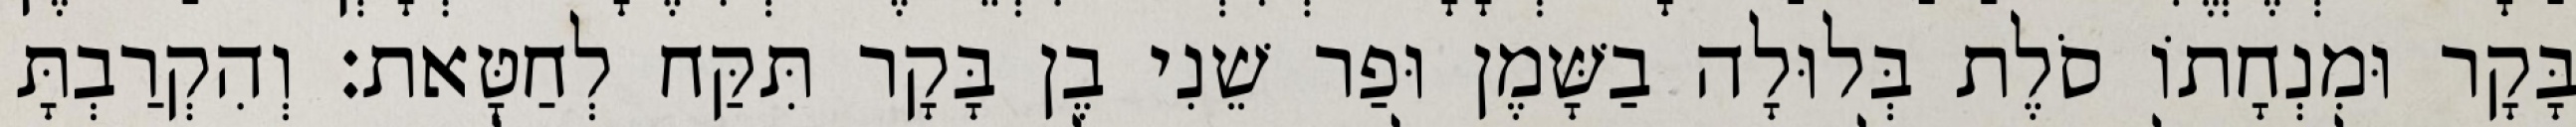
בָּקָר וּמִנְחָתוֹ סֹלֶת בְּלוּלָה בַשָּׁמֶן וּפַר שֵׁנִי בֶן בָּקָר תִּקַּח לְחַטָּאת׃ וְהִקְרַבְתָּ